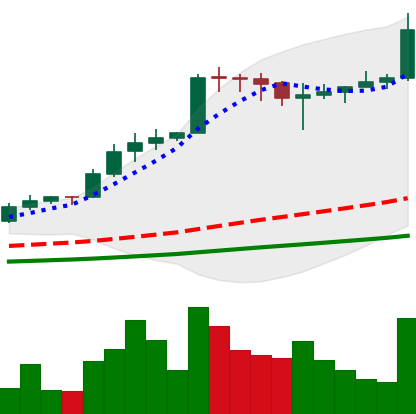
Ticker: ADA-USD
Chart end date: 2021-02-20
Forward return: -3.904%
Label: down_3_5